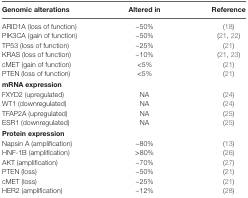
<table><thead><tr><td><b>Genomic alterations</b></td><td><b>Altered in</b></td><td><b>Reference</b></td></tr></thead><tbody><tr><td>ARID1A (loss of function)</td><td>~50%</td><td>(18)</td></tr><tr><td>PIK3CA (gain of function)</td><td>~50%</td><td>(21, 22)</td></tr><tr><td>TP53 (loss of function)</td><td>~25%</td><td>(21)</td></tr><tr><td>KRAS (loss of function)</td><td>~10%</td><td>(21, 23)</td></tr><tr><td>cMET (gain of function)</td><td>&lt;5%</td><td>(21)</td></tr><tr><td>PTEN (loss of function)</td><td>&lt;5%</td><td>(21)</td></tr><tr><td colspan="3"><b>mRNA expression</b></td></tr><tr><td>FXYD2 (upregulated)</td><td>NA</td><td>(24)</td></tr><tr><td>WT1 (downregulated)</td><td>NA</td><td>(24)</td></tr><tr><td>TFAP2A (upregulated)</td><td>NA</td><td>(25)</td></tr><tr><td>ESR1 (downregulated)</td><td>NA</td><td>(25)</td></tr><tr><td colspan="3"><b>Protein expression</b></td></tr><tr><td>Napsin A (amplification)</td><td>~80%</td><td>(13)</td></tr><tr><td>HNF-1B (amplification)</td><td>&gt;80%</td><td>(26)</td></tr><tr><td>AKT (amplification)</td><td>~70%</td><td>(27)</td></tr><tr><td>PTEN (loss)</td><td>~50%</td><td>(21)</td></tr><tr><td>cMET (loss)</td><td>~25%</td><td>(21)</td></tr><tr><td>HER2 (amplification)</td><td>~12%</td><td>(28)</td></tr></tbody></table>